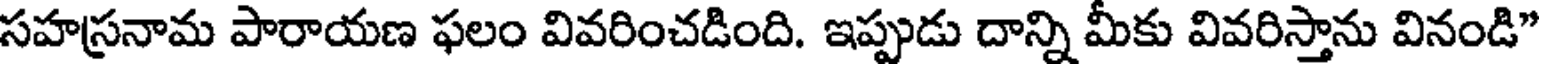
సహస్రనామ పారాయణ ఫలం వివరించడింది. ఇప్పుడు దాన్ని మీకు వివరిస్తాను వినండి"